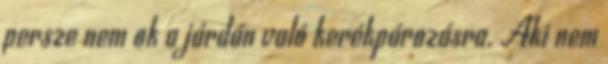
persze nem ok a járdán való kerékpározásra. Aki nem